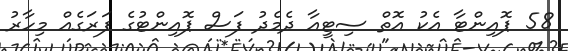
58 ޕޮއިންޓާ އެކު އޮތް ސިޓީއާ ދެމެދު ފަސް ޕޮއިންޓުގެ ފަރަގެއް މިހާރު